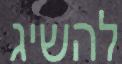
להשיג